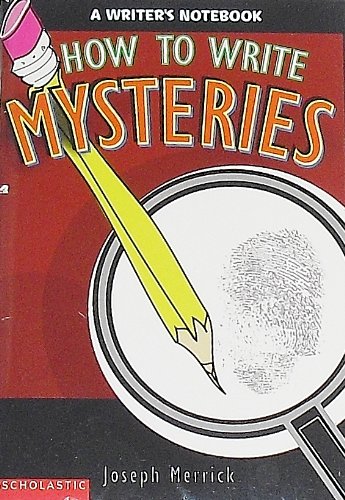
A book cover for How to write mysteries: A writer's notebook; Joseph Merrick; Mystery, Thriller & Suspense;